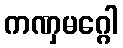
ကဏှမဂ္ဂေါ